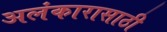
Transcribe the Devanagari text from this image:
अलंकारासाठी